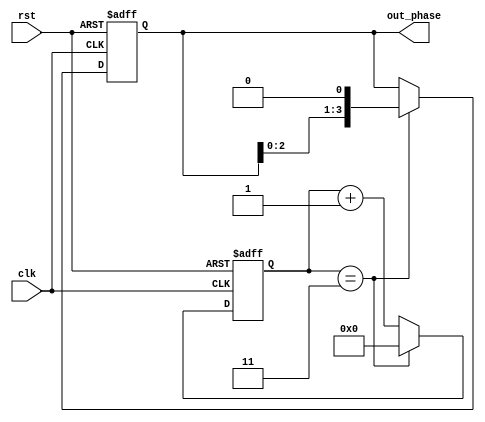
module multi_phase_clock_divider(
    input clk,
    input rst,
    output reg [N-1:0] out_phase
);

parameter N = 4; // number of phases

reg [N-1:0] phase_counter;

always @(posedge clk or posedge rst) begin
    if (rst) begin
        phase_counter <= 0;
        out_phase <= 1;
    end else begin
        if (phase_counter == N-1) begin
            phase_counter <= 0;
            out_phase <= out_phase << 1;
        end else begin
            phase_counter <= phase_counter + 1;
        end
    end
end

endmodule